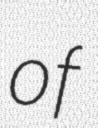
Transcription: of